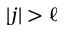
| j | > \ell